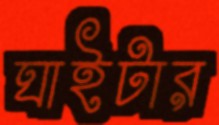
ঘাইটার